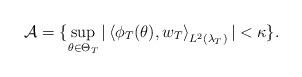
LaTeX: \begin{align*}\mathcal{A} = \{ \sup_{\theta \in \Theta_T}| \left \langle \phi_T(\theta),w_T \right \rangle_{L^2(\lambda_T)}| < \kappa\}.\end{align*}